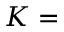
K =